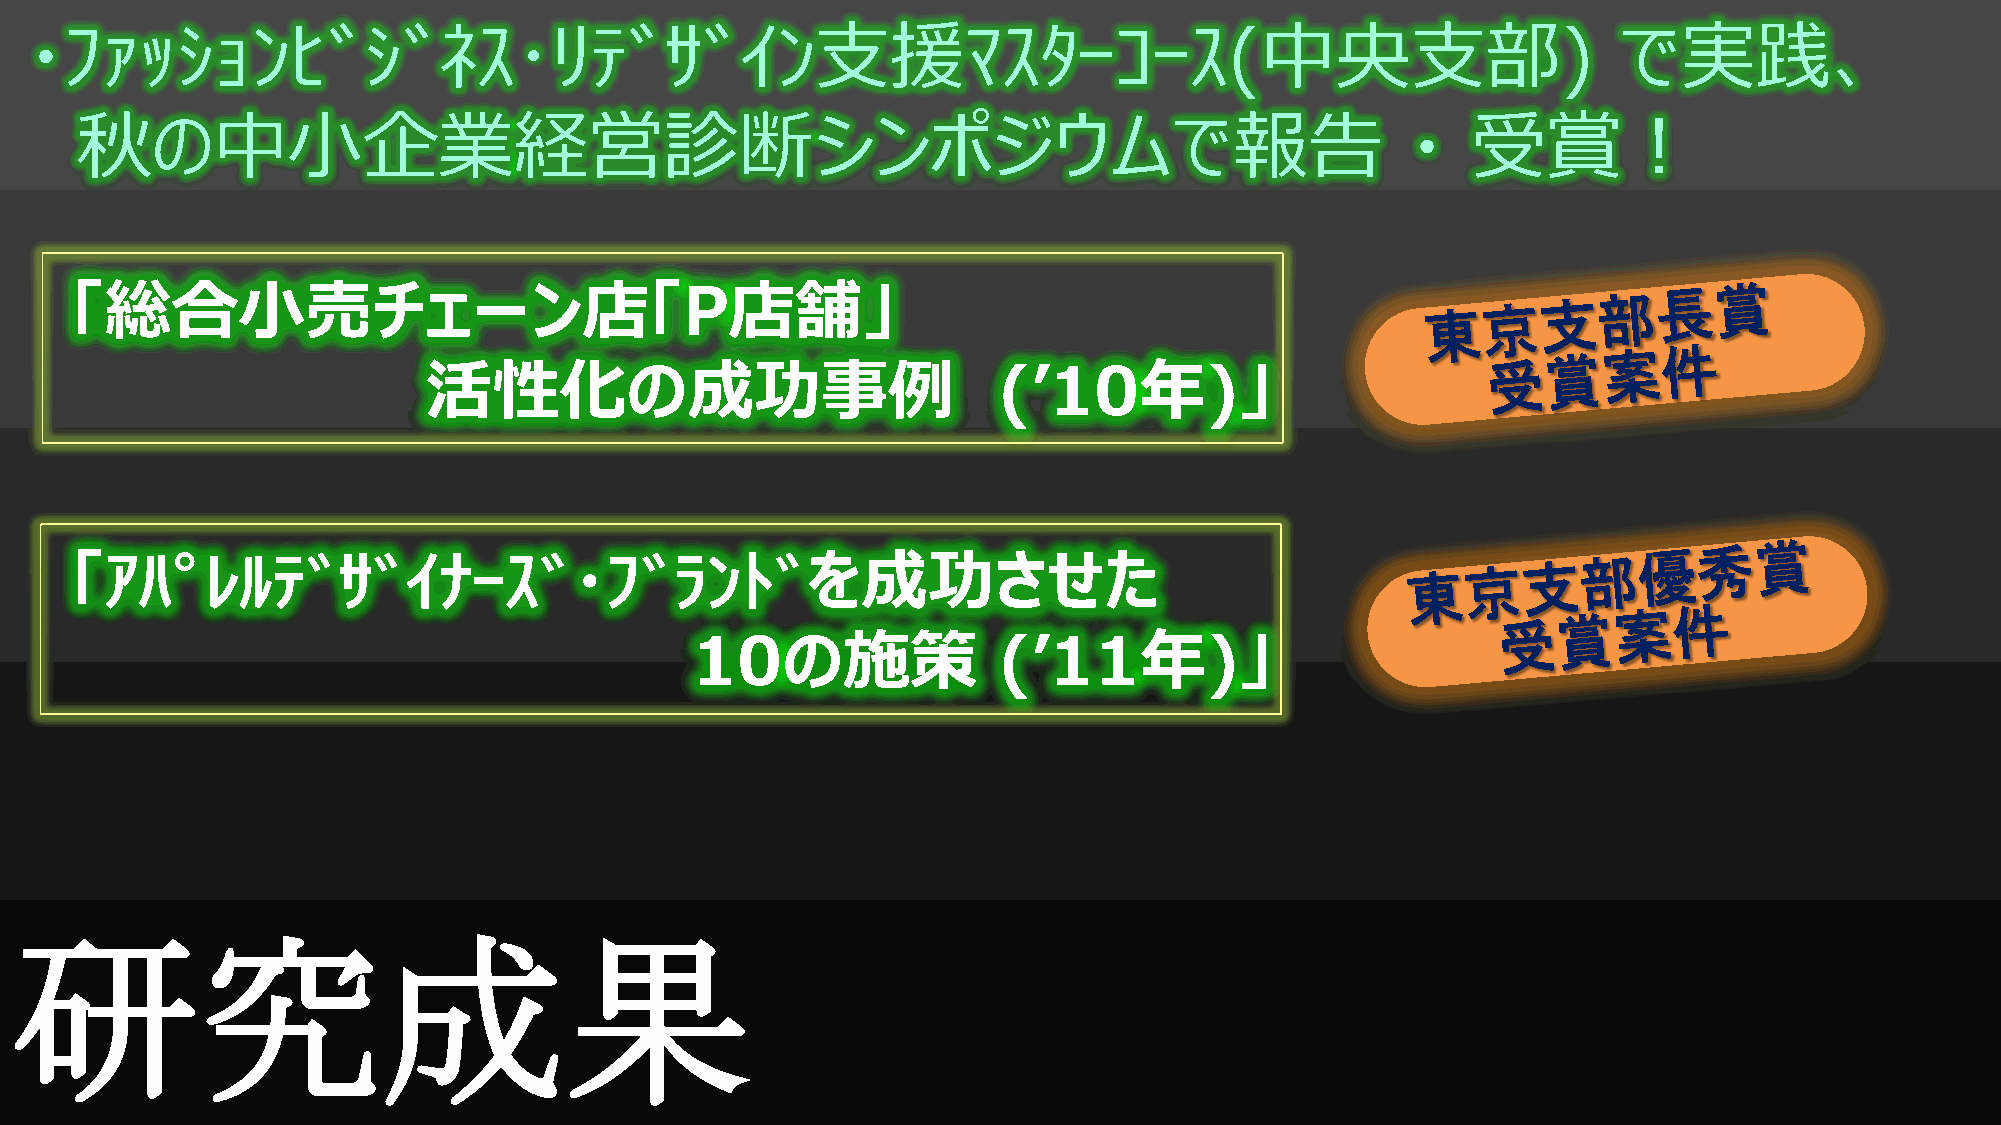
・ﾌｧｯｼｮﾝﾋﾞｼﾞﾈｽ･ﾘﾃﾞｻﾞｲﾝ支援ﾏｽﾀｰｺｰｽ(中央支部)                                                                     で実践、
 秋の中小企業経営診断シンポジウムで報告                                                                     ・   受賞！
 「総合小売チェーン店「P店舗」
 活性化の成功事例                              (’10年)」
 「ｱﾊﾟﾚﾙﾃﾞｻﾞｲﾅｰｽﾞ・ﾌﾞﾗﾝﾄﾞを成功させた
 10の施策               (’11年)」
 研究成果